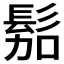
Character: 𱅿